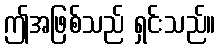
ဤအဖြစ်သည် ရှင်းသည်။